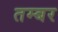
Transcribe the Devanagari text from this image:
तम्बर